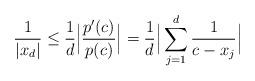
LaTeX: \begin{align*}\frac{1}{|x_d|}\le \frac{1}{d}\Big|\frac{p'(c)}{p(c)}\Big|=\frac{1}{d}\Big|\sum_{j=1}^d \frac{1}{c-x_j}\Big|\end{align*}